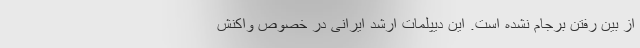
از بین رفتن برجام نشده است. این دیپلمات ارشد ایرانی در خصوص واکنش